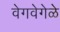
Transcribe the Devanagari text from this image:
वेगवेगेळे